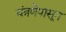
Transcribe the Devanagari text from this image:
यंत्रणेपासून